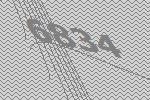
6834